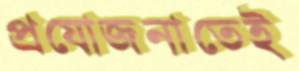
প্রযোজনাতেই